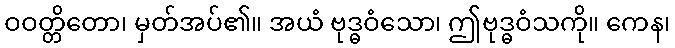
ဝဝတ္တိတော၊ မှတ်အပ်၏။ အယံ ဗုဒ္ဓဝံသော၊ ဤဗုဒ္ဓဝံသကို။ ကေန၊